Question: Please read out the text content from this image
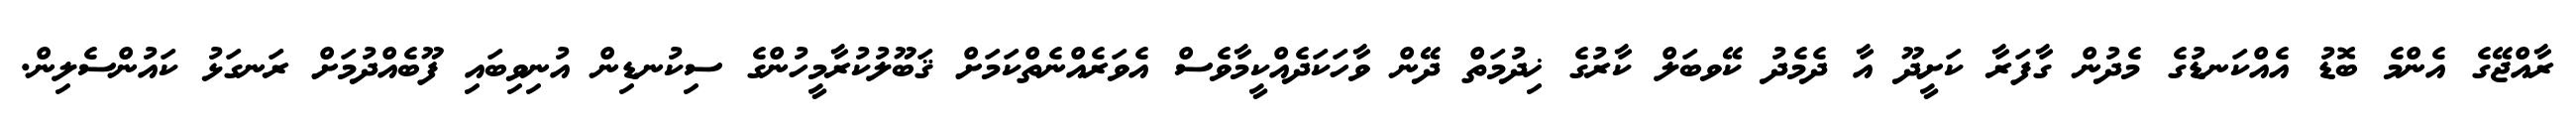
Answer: ރާއްޖޭގެ އެންމެ ބޮޑު އެއްކަނޑުގެ މެދުން ގާފަރާ ކަށީދޫ އާ ދެމެދު ކޭވބަލް ކާރުގެ ޚިދުމަތް ދޭން ވާހަކަދެއްކީމާވެސް އެވަރެއްނެތްކަމަށް ޤަބޫލުކުރާމީހުންގެ ސިކުނޑިން އުނިވިބައި ފޫބެއްދުމަށް ރަނގަޅު ކައުންސެލިން.